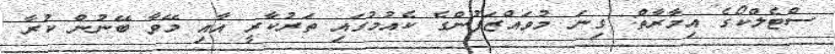
ސްޓެލްކޯގެ އިމާރާތް: ގިނަ މުވައްޒަފުންގެ ކެއުމުގައި ތަރުކާރީ އާއި މޭވާ ބޭނުން ކުރާ